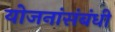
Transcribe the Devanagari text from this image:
योजनांसंबंधी